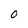
Character: O